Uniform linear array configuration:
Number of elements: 48
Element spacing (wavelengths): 0.5
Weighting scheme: hann
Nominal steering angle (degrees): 0
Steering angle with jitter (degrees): -0.5572
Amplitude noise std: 0.05
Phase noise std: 0.05

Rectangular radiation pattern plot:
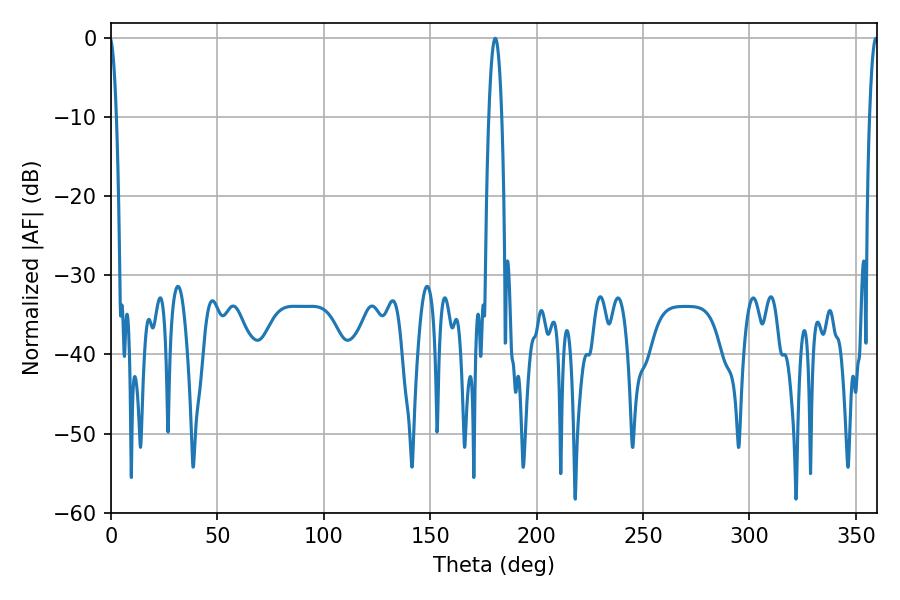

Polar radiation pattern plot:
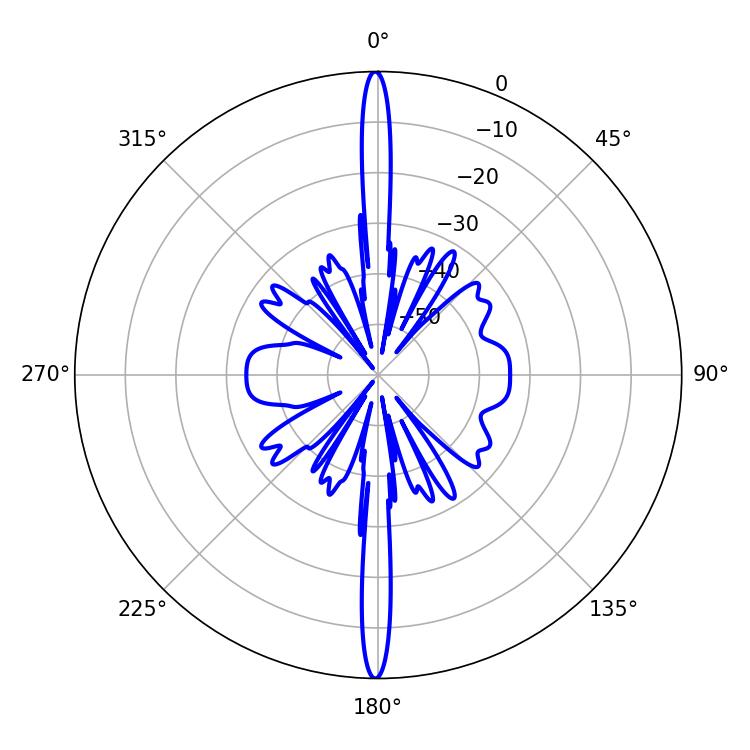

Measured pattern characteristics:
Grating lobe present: FALSE
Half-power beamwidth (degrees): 3.24
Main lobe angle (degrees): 180.54